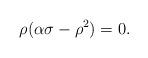
LaTeX: \begin{align*}\rho(\alpha\sigma-\rho^2)=0.\end{align*}